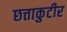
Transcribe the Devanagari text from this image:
छत्ताकुटीर